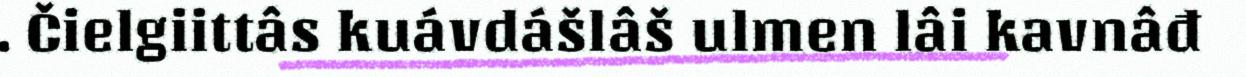
. Čielgiittâs kuávdášlâš ulmen lâi kavnâđ